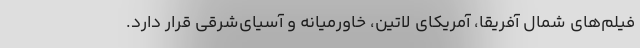
فیلم‌های شمال آفریقا، آمریکای لاتین، خاورمیانه و آسیای‌شرقی قرار دارد.